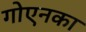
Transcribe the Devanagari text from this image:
गोएनका